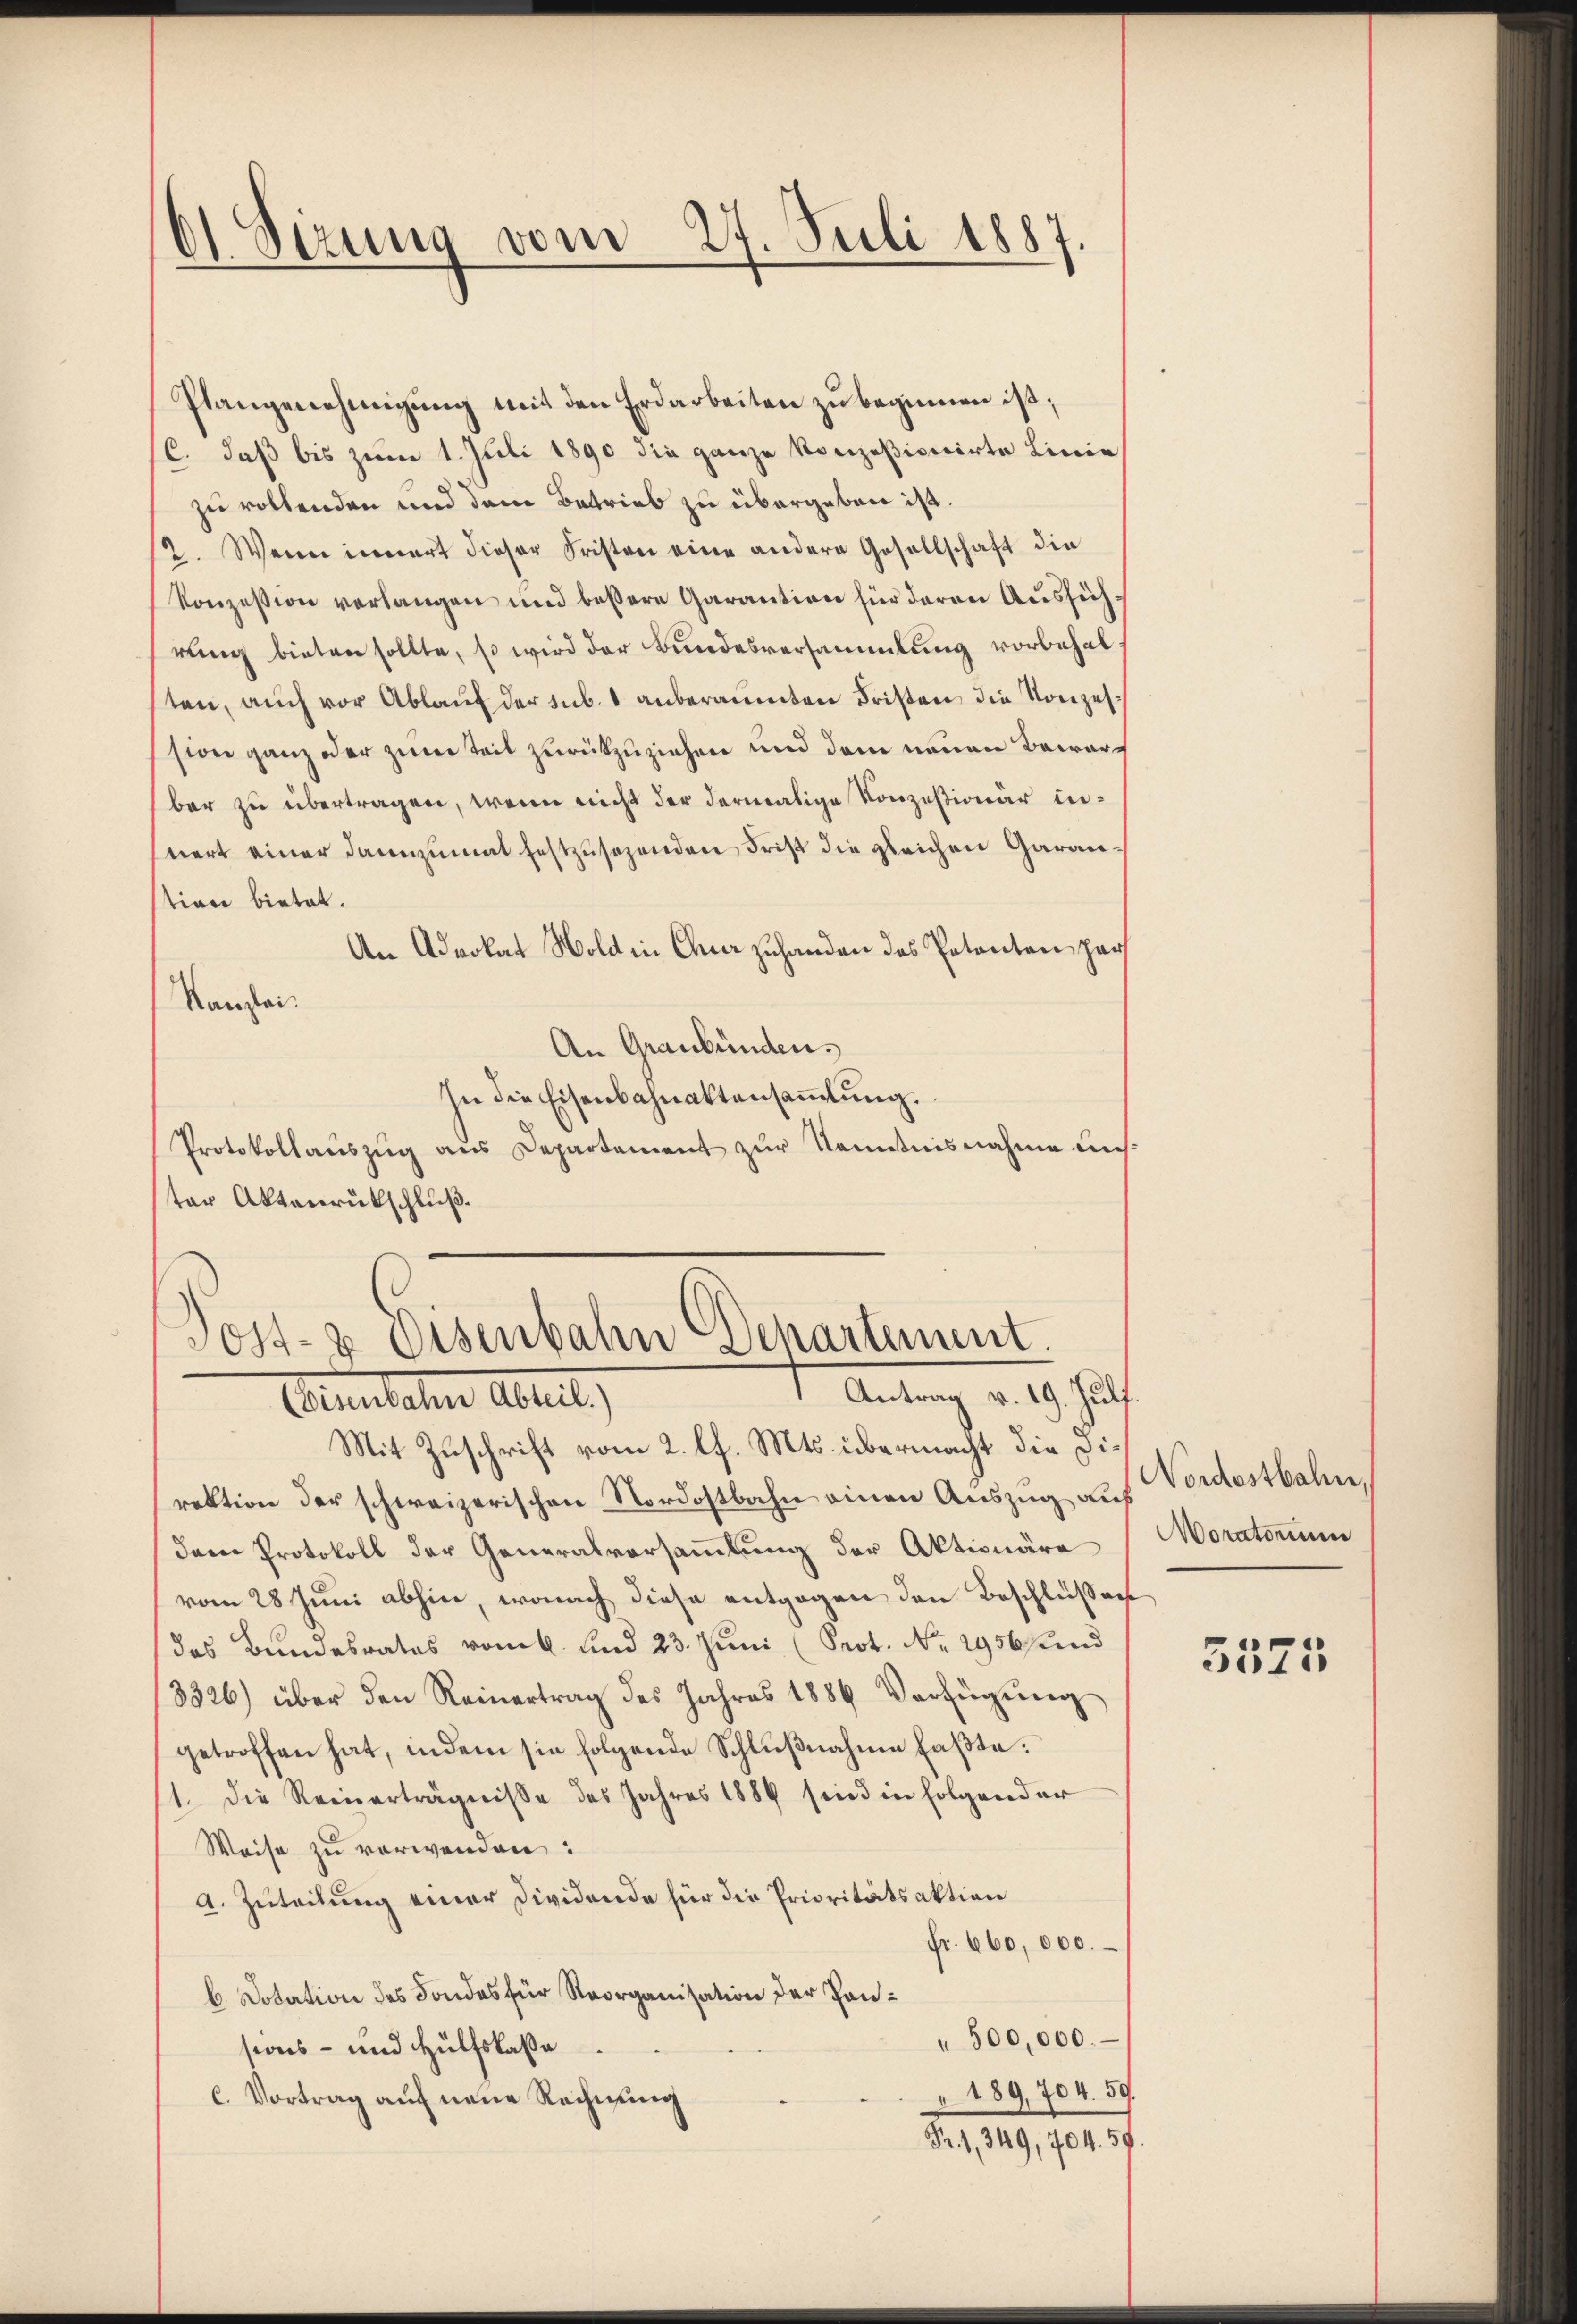
dt. Sizung vom 27. Juli 1887.

Plangenehmigung mit den Erdarbeiten zu beginnen ist;
C. daß bis zum 1. Juli 1890 die ganze konzesivicirte Linie
zu vollenden und dem Betrieb zu übergeben ist.
2. Wenn innert dieser Fristen eine andere Gesellschaft die
Konzession verlangen und beßere Garantion für deren Aussich,
rung bieten sollte, so wird der Bundesversammlung vorbehalten, auch vor Ablauf der sub. 1 anberaumten Fristen die Konzession ganz oder zum Teil zurückzuziehen und dem neuen Bewarbar zu übertragen, wenn nicht der dermalige Konzesionär inniert einer dannzumal festzusehenden Frist die gleichen Garantion bietet.
An Advokat Wold in Chur zuhanden des Petenten per
Kanzlei.
An Graubünden.
In die Eisenbahnaktensaṁlŭng.
Protokollanszŭg ans Departement zŭr Kenntnisnahme uns
ter Aktenrückschluß.

Post- & Eisenbahn Departement.
t Antrag v. 19. Jul
enlehen Abreit,

Mit Zuschrift vom 2. l. Mts. übermacht die Direktion der schweizerischen Nordostbahn einen Auszug aus
dem Protokoll der Generalversammlung der Aktionäre
vom 28 Juni abhin, wonach diese entgegen den Beschlüßen
das Bundesrates vom k. und 23. Juni (Prot. Nr. 2956 und
3326) über den Reinertrag des Jahres 1886 Verfügŭng
getroffen hat, indem sie folgende Schlußnahme faßte:
1. Die Reinerträgnisse des Jahres 1884 sind in folgender
Weise zu verwenden:
A. Zuteilung einer Dividende für die Prioritätsaktion
fr. 660,000.
b. Dotation des Fondes für Reorganisation der Pan¬
" 500,000.
sions- und Hülfskaßa
"189, 704. 59.
C. Vortrag auf neue Rechnung
Fr. 1, 349, 704. 59.

Nordostbahn,
Moratorium

a
e